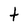
Character: t